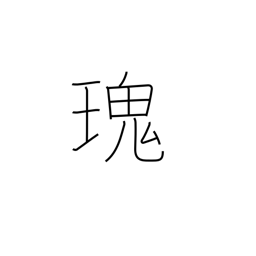
Meaning: strange